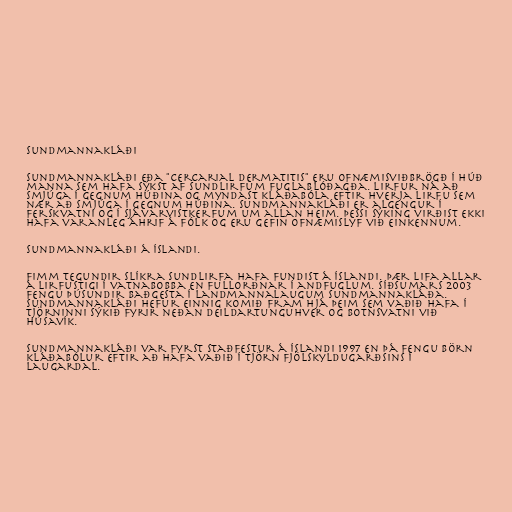
Sundmannakláði

Sundmannakláði eða "cercarial dermatitis" eru ofnæmisviðbrögð í húð
manna sem hafa sýkst af sundlirfum fuglablóðagða. Lirfur ná að
smjúga í gegnum húðina og myndast kláðabóla eftir hverja lirfu sem
nær að smjúga í gegnum húðina. Sundmannakláði er algengur í
ferskvatni og í sjávarvistkerfum um allan heim. Þessi sýking virðist ekki
hafa varanleg áhrif á fólk og eru gefin ofnæmislyf við einkennum.

Sundmannakláði á Íslandi.

Fimm tegundir slíkra sundlirfa hafa fundist á Íslandi. Þær lifa allar
á lirfustigi í vatnabobba en fullorðnar í andfuglum. Síðsumars 2003
fengu þúsundir baðgesta í Landmannalaugum sundmannakláða.
Sundmannakláði hefur einnig komið fram hjá þeim sem vaðið hafa í
tjörninni Sýkið fyrir neðan Deildartunguhver og Botnsvatni við
Húsavík.

Sundmannakláði var fyrst staðfestur á Íslandi 1997 en þá fengu börn
kláðabólur eftir að hafa vaðið í tjörn Fjölskyldugarðsins í
Laugardal.